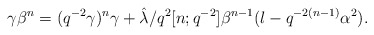
\begin{align*}\gamma \beta^{n} = (q^{-2} \gamma)^{n} \gamma + \hat{\lambda}/q^{2} [n;q^{-2}]\beta^{n-1} (l-q^{-2(n-1)} \alpha^{2}).\end{align*}